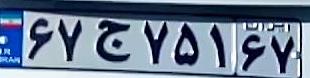
۶۷ج۷۵۱۶۷